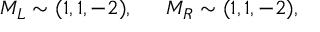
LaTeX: M _ { L } \sim ( 1 , 1 , - 2 ) , \, \, \, \, \, \, \, \, \, M _ { R } \sim ( 1 , 1 , - 2 ) ,